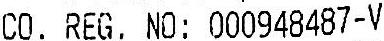
CO. REG. NO: 000948487-V